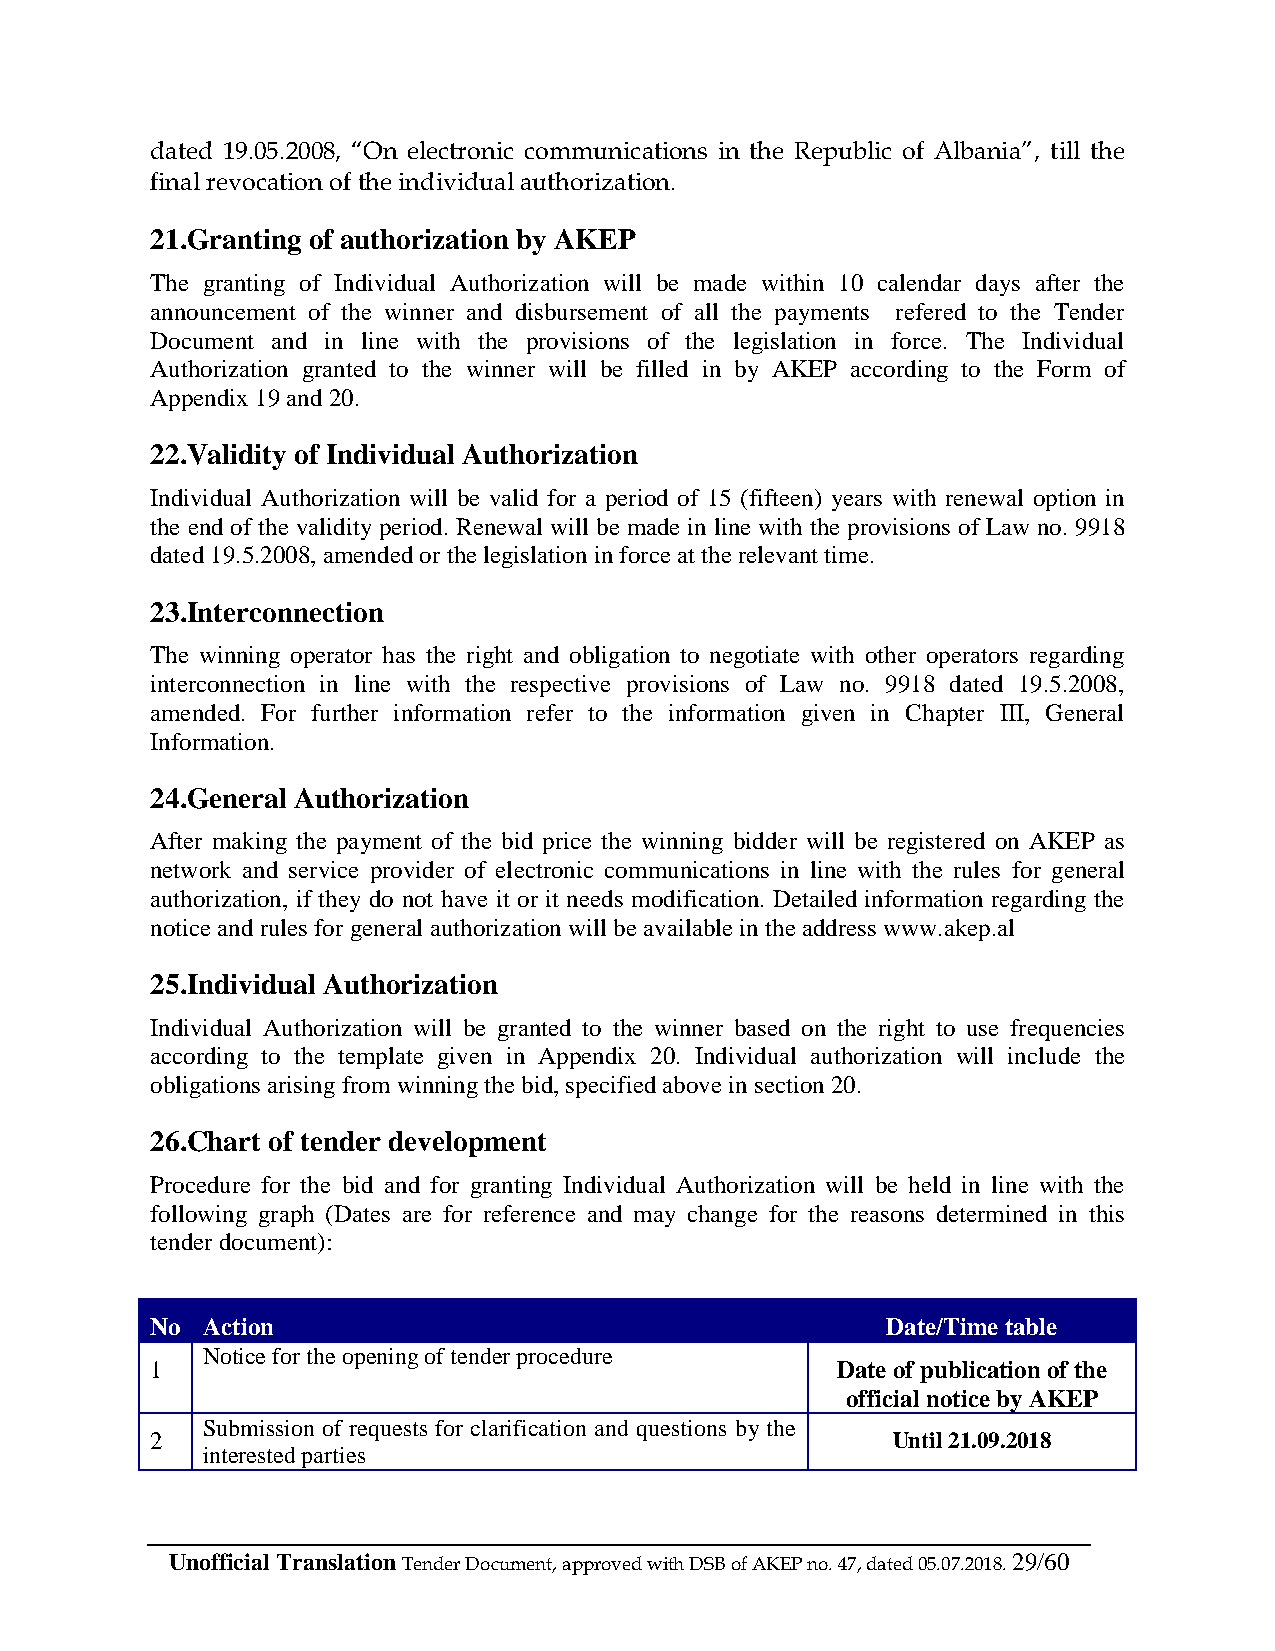
dated 19.05.2008, “On electronic communications in the Republic of Albania”, till the
 final revocation of the individual authorization.
 21.Granting of authorization by AKEP
 The granting of Individual Authorization will be made within 10 calendar days after the
 announcement of the winner and disbursement of all the payments refered to the Tender
 Document and in line with the provisions of the legislation in force. The Individual
 Authorization granted to the winner will be filled in by AKEP according to the Form of
 Appendix 19 and 20.
 22.Validity of Individual Authorization
 Individual Authorization will be valid for a period of 15 (fifteen) years with renewal option in
 the end of the validity period. Renewal will be made in line with the provisions of Law no. 9918
 dated 19.5.2008, amended or the legislation in force at the relevant time.
 23.Interconnection
 The winning operator has the right and obligation to negotiate with other operators regarding
 interconnection in line with the respective provisions of Law no. 9918 dated 19.5.2008,
 amended. For further information refer to the information given in Chapter III, General
 Information.
 24.General Authorization
 After making the payment of the bid price the winning bidder will be registered on AKEP as
 network and service provider of electronic communications in line with the rules for general
 authorization, if they do not have it or it needs modification. Detailed information regarding the
 notice and rules for general authorization will be available in the address www.akep.al
 25.Individual Authorization
 Individual Authorization will be granted to the winner based on the right to use frequencies
 according to the template given in Appendix 20. Individual authorization will include the
 obligations arising from winning the bid, specified above in section 20.
 26.Chart of tender development
 Procedure for the bid and for granting Individual Authorization will be held in line with the
 following graph (Dates are for reference and may change for the reasons determined in this
 tender document):
 No Action                                        Date/Time table
 Notice for the opening of tender procedure
 1                                            Date of publication of the
 official notice by AKEP
 Submission of requests for clarification and questions by the
 2                                                Until 21.09.2018
 interested parties
 Unofficial Translation Tender Document, approved with DSB of AKEP no. 47, dated 05.07.2018. 29/60